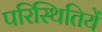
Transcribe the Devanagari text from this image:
परिस्थितियें